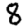
Digit: 8